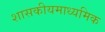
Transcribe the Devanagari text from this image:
शासकीयमाध्यमिक